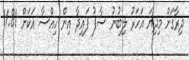
ދިރާގަށް މިދިޔަ އަހަރު ލިބުނު ސާފު ފައިދާ އިން ހިއްސާ އަކަށް 11.81